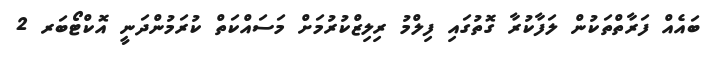
ބައެއް ފަރާތްތަކުން ލަފާކުރާ ގޮތުގައި ފިލްމު ރިލިޒްކުރުމަށް މަސައްކަތް ކުރަމުންދަނީ އޮކްޓޯބަރ 2